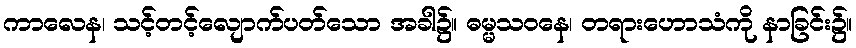
ကာလေန၊ သင့်တင့်လျောက်ပတ်သော အခါ၌။ ဓမ္မသဝနေ၊ တရားဟောသံကို နာခြင်း၌။